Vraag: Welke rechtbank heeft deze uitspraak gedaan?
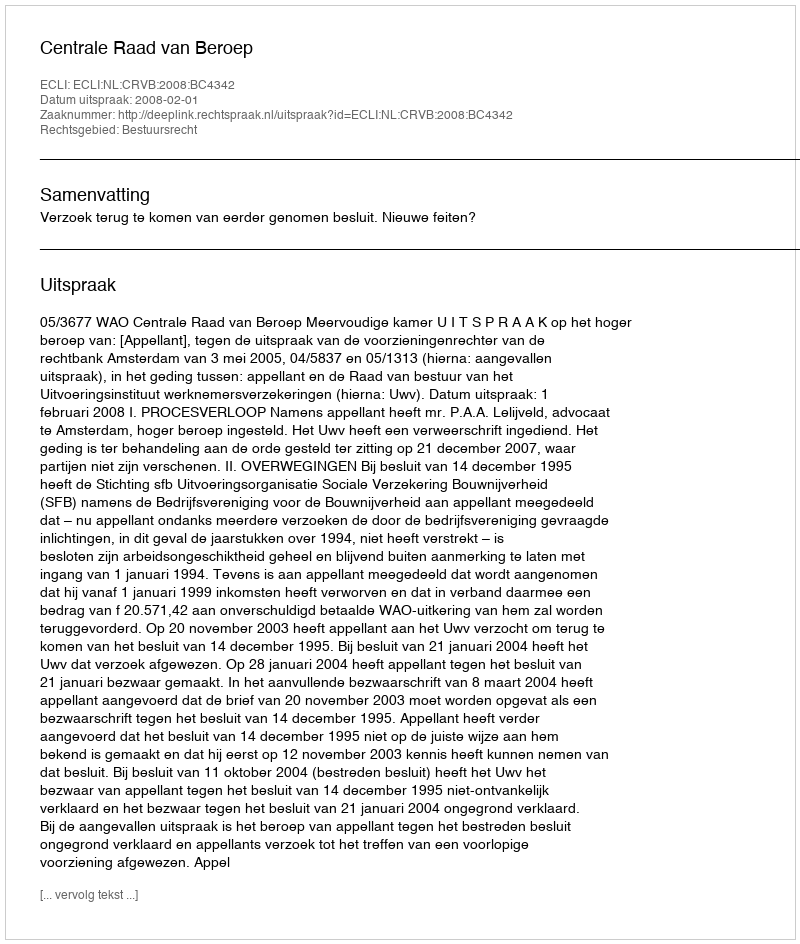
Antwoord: Centrale Raad van Beroep